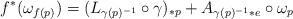
LaTeX: \begin{align*}f^*(\omega _{f(p)}) = (L_{\gamma (p)^{-1}}\circ \gamma)_{*p} + A_{\gamma (p)^{-1}*e}\circ \omega _p\end{align*}